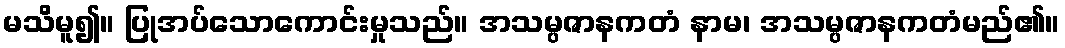
မသိမူ၍။ ပြုအပ်သောကောင်းမှုသည်။ အသမ္ပဇာနကတံ နာမ၊ အသမ္ပဇာနကတံမည်၏။